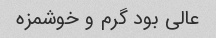
عالی بود گرم و خوشمزه